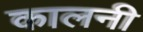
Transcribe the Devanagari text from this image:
कालनी